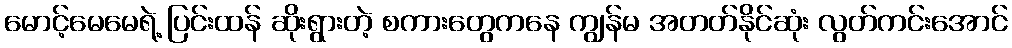
မောင့်မေမေရဲ့ ပြင်းထန် ဆိုးရွားတဲ့ စကားတွေကနေ ကျွန်မ အတတ်နိုင်ဆုံး လွတ်ကင်းအောင်